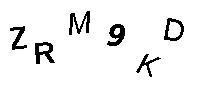
ZRM9KD